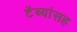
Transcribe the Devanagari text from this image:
टेंब्यांसह